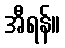
အီရန်။